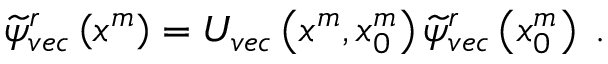
\begin{array} { r } { \widetilde { \psi } _ { v e c } ^ { r } \left( x ^ { m } \right) = U _ { v e c } \left( x ^ { m } , x _ { 0 } ^ { m } \right) \widetilde { \psi } _ { v e c } ^ { r } \left( x _ { 0 } ^ { m } \right) \; . } \end{array}